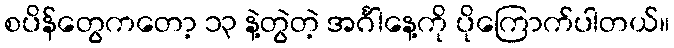
စပိန်တွေကတော့ ၁၃ နဲ့တွဲတဲ့ အင်္ဂါနေ့ကို ပိုကြောက်ပါတယ်။